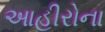
આહીરોના